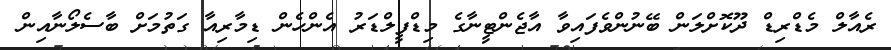
ރެއާލް މެޑްރިޑް ދޫކޮށްލަން ބޭނުންވެފައިވާ އާޖެންޓީނާގެ މިޑްފީލްޑަރު އެންހެން ޑިމާރިއާ ގަތުމަށް ބާސެލޯނާއިން